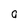
Character: a